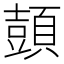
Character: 𲊳